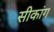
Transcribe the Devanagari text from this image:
सीकांग